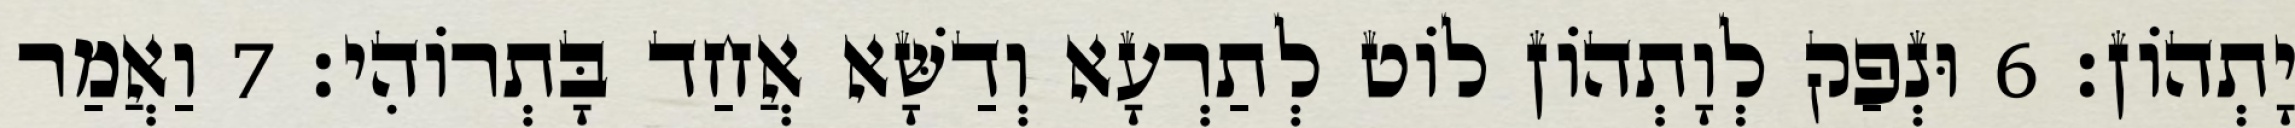
יָתְהוֹן׃ 6 וּנְפַק לְוָתְהוֹן לוֹט לְתַרְעָא וְדַשָּׁא אֲחַד בָּתְרוֹהִי׃ 7 וַאֲמַר